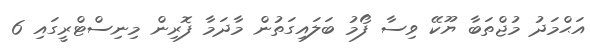
އަޙްމަދު މުޖްތަބާ ޔޫކޭ ވިސާ ފޯމު ބަލައިގަތުން މާދަމާ ފޮރިން މިނިސްޓްރީގައި 6